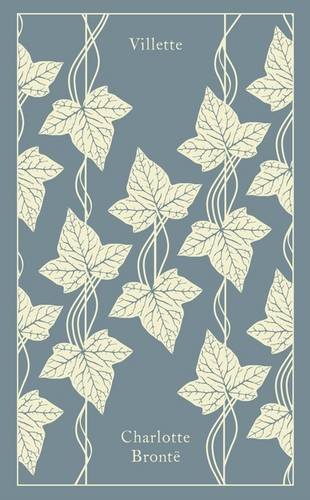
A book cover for Villette (Clothbound Classics); Charlotte Bronte; Literature & Fiction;